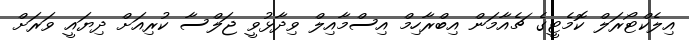
އިލެކްޓޯރަލް ކޮމެޓީގެ ޗެއާމަން އިބްރާހިމް އިސްމާއިލް ވިދާޅުވީ ޖަލްސާ ކުރިއަށް ދިޔައީ ވަރަށް